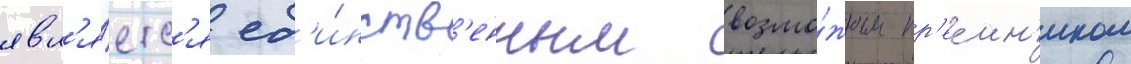
явл'я́етс'я ед'и́нств'енным возмо́жным пр'ее́мн'иком